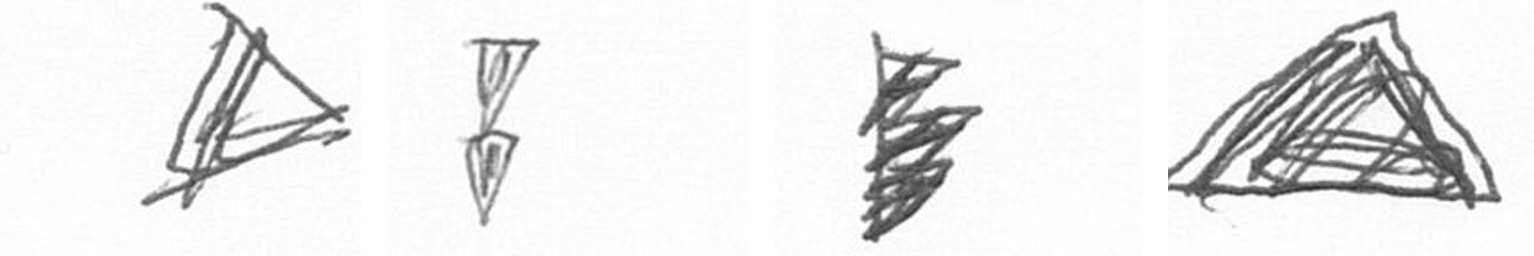
O Z H O